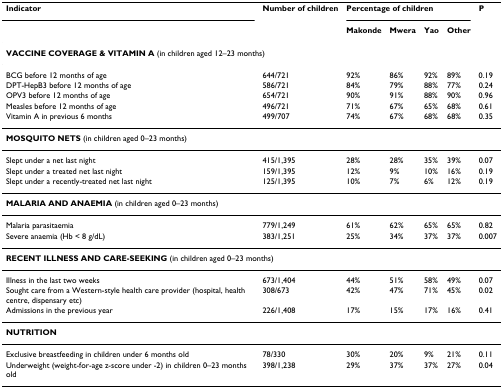
<table><thead><tr><td><b>Indicator</b></td><td><b>Number of children</b></td><td colspan="4"><b>Percentage of children</b></td><td><b>P</b></td></tr><tr><td></td><td></td><td><b>Makonde</b></td><td><b>Mwera</b></td><td><b>Yao</b></td><td><b>Other</b></td><td></td></tr></thead><tbody><tr><td colspan="7"><b>VACCINE COVERAGE &amp; VITAMIN A </b>(in children aged 12–23 months)</td></tr><tr><td>BCG before 12 months of age</td><td>644/721</td><td>92%</td><td>86%</td><td>92%</td><td>89%</td><td>0.19</td></tr><tr><td>DPT-HepB3 before 12 months of age</td><td>586/721</td><td>84%</td><td>79%</td><td>88%</td><td>77%</td><td>0.24</td></tr><tr><td>OPV3 before 12 months of age</td><td>654/721</td><td>90%</td><td>91%</td><td>88%</td><td>90%</td><td>0.96</td></tr><tr><td>Measles before 12 months of age</td><td>496/721</td><td>71%</td><td>67%</td><td>65%</td><td>68%</td><td>0.61</td></tr><tr><td>Vitamin A in previous 6 months</td><td>499/707</td><td>74%</td><td>67%</td><td>68%</td><td>68%</td><td>0.35</td></tr><tr><td colspan="7"><b>MOSQUITO NETS </b>(in children aged 0–23 months)</td></tr><tr><td>Slept under a net last night</td><td>415/1,395</td><td>28%</td><td>28%</td><td>35%</td><td>39%</td><td>0.07</td></tr><tr><td>Slept under a treated net last night</td><td>159/1,395</td><td>12%</td><td>9%</td><td>10%</td><td>16%</td><td>0.19</td></tr><tr><td>Slept under a recently-treated net last night</td><td>125/1,395</td><td>10%</td><td>7%</td><td>6%</td><td>12%</td><td>0.19</td></tr><tr><td colspan="7"><b>MALARIA AND ANAEMIA </b>(in children aged 0–23 months)</td></tr><tr><td>Malaria parasitaemia</td><td>779/1,249</td><td>61%</td><td>62%</td><td>65%</td><td>65%</td><td>0.82</td></tr><tr><td>Severe anaemia (Hb &lt; 8 g/dL)</td><td>383/1,251</td><td>25%</td><td>34%</td><td>37%</td><td>37%</td><td>0.007</td></tr><tr><td colspan="7"><b>RECENT ILLNESS AND CARE-SEEKING </b>(in children aged 0–23 months)</td></tr><tr><td>Illness in the last two weeks</td><td>673/1,404</td><td>44%</td><td>51%</td><td>58%</td><td>49%</td><td>0.07</td></tr><tr><td>Sought care from a Western-style health care provider (hospital, health centre, dispensary etc)</td><td>308/673</td><td>42%</td><td>47%</td><td>71%</td><td>45%</td><td>0.02</td></tr><tr><td>Admissions in the previous year</td><td>226/1,408</td><td>17%</td><td>15%</td><td>17%</td><td>16%</td><td>0.41</td></tr><tr><td colspan="7"><b>NUTRITION</b></td></tr><tr><td>Exclusive breastfeeding in children under 6 months old</td><td>78/330</td><td>30%</td><td>20%</td><td>9%</td><td>21%</td><td>0.11</td></tr><tr><td>Underweight (weight-for-age z-score under -2) in children 0–23 months old</td><td>398/1,238</td><td>29%</td><td>37%</td><td>37%</td><td>27%</td><td>0.04</td></tr></tbody></table>